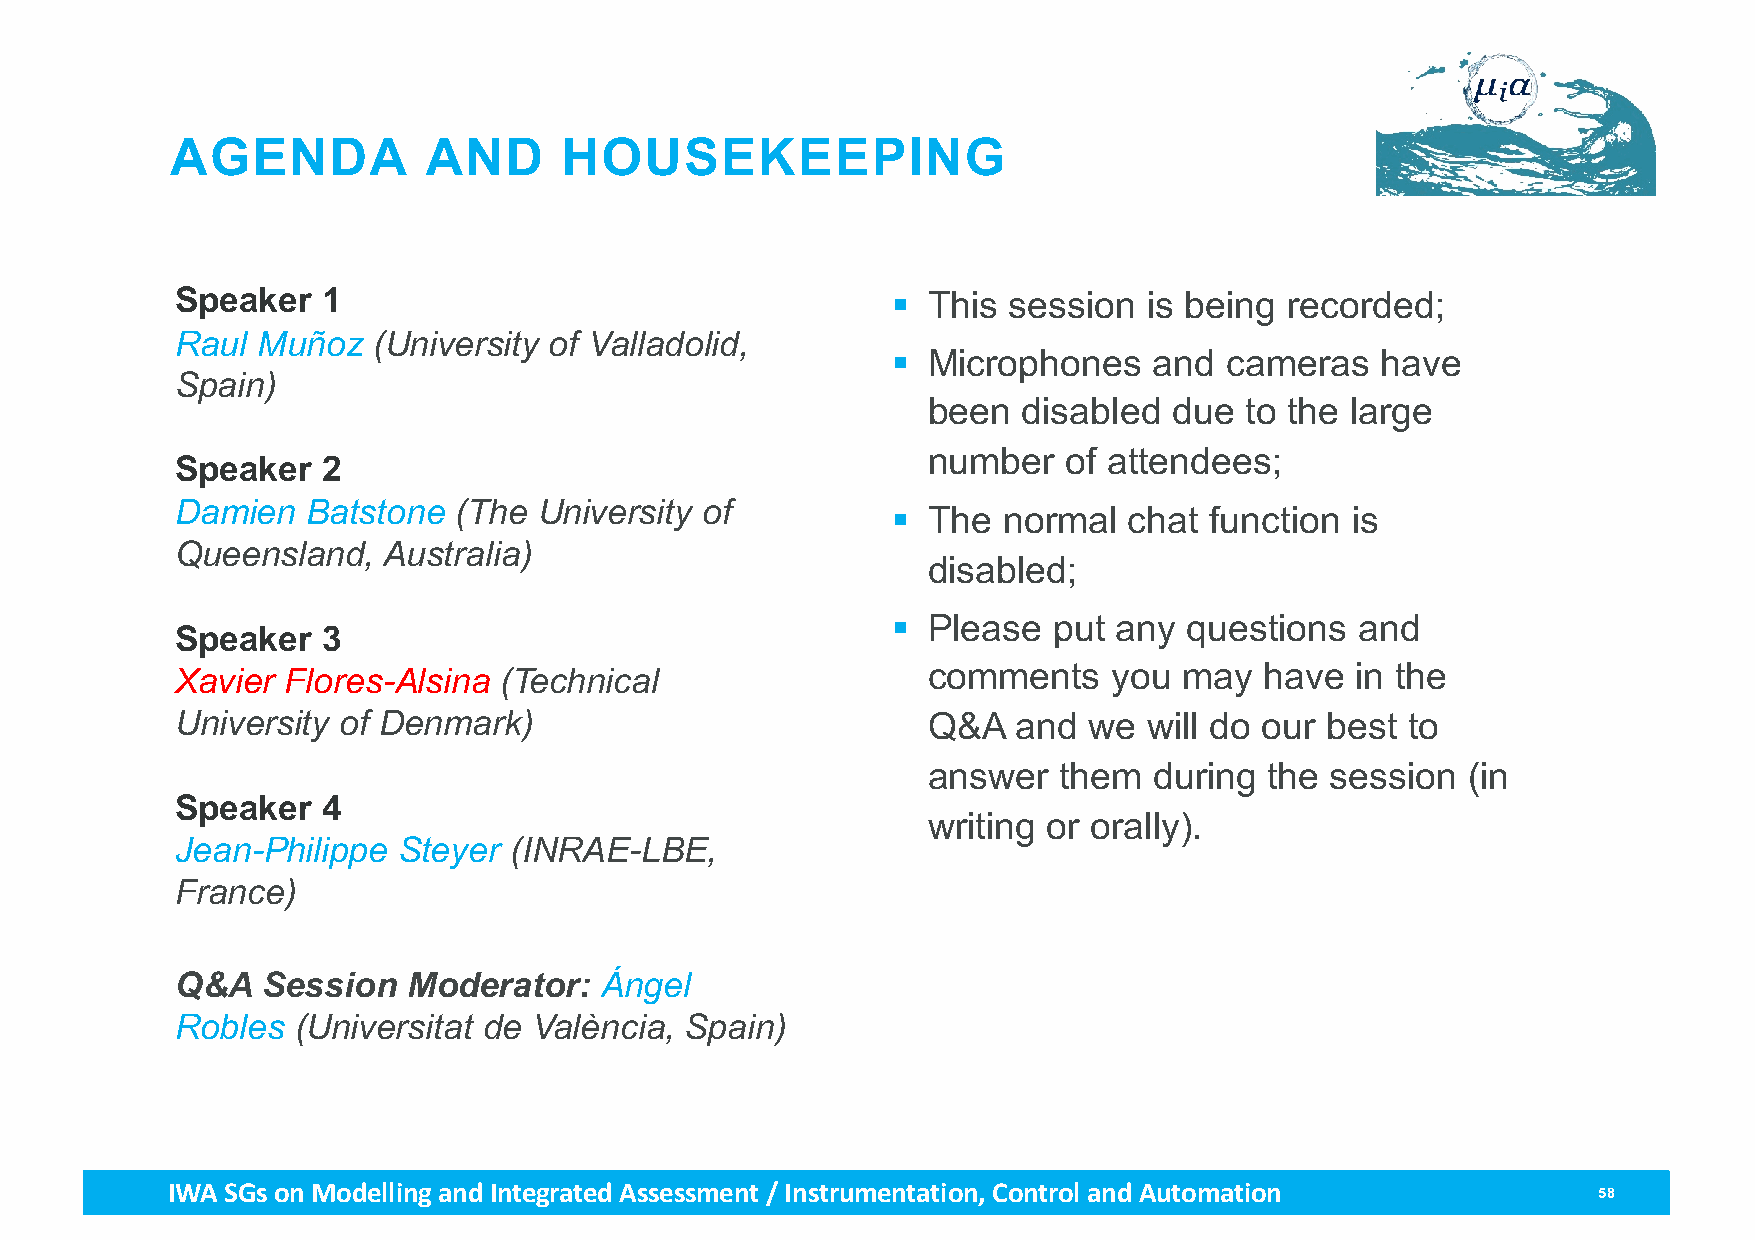
AGENDA           AND      HOUSEKEEPING
 Speaker  1                                     § This  session  is being recorded;
 Raul Muñoz   (University of Valladolid,
 § Microphones    and  cameras   have
 Spain)
 been   disabled  due to the large
 number   of attendees;
 Speaker  2
 Damien  Batstone  (The  University of
 § The  normal   chat function is
 Queensland,  Australia)
 disabled;
 § Please   put any  questions  and
 Speaker  3
 Xavier Flores-Alsina (Technical                  comments     you may   have  in the
 University of Denmark)                           Q&A   and  we  will do our best to
 answer   them  during  the session  (in
 Speaker  4
 writing or orally).
 Jean-Philippe Steyer  (INRAE-LBE,
 France)
 Q&A  Session   Moderator:   Ángel
 Robles (Universitat de València, Spain)
 IWA SGs on Modellingand Integrated Assessment / Instrumentation, Control and Automation        58